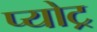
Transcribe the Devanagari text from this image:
प्योट्र